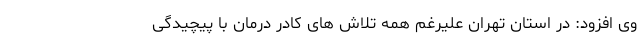
وی افزود: در استان تهران علیرغم همه تلاش های کادر درمان با پیچیدگی